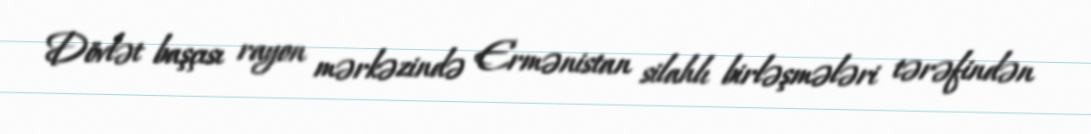
Dövlət başçısı rayon mərkəzində Ermənistan silahlı birləşmələri tərəfindən